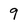
Character: 9